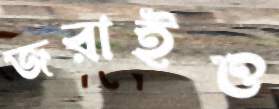
জরাইও